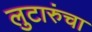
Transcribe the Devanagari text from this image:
लुटारुंचा